65_HS1-834228961_62-HQ-83894_Section_10
Agency: FBI
Page 59
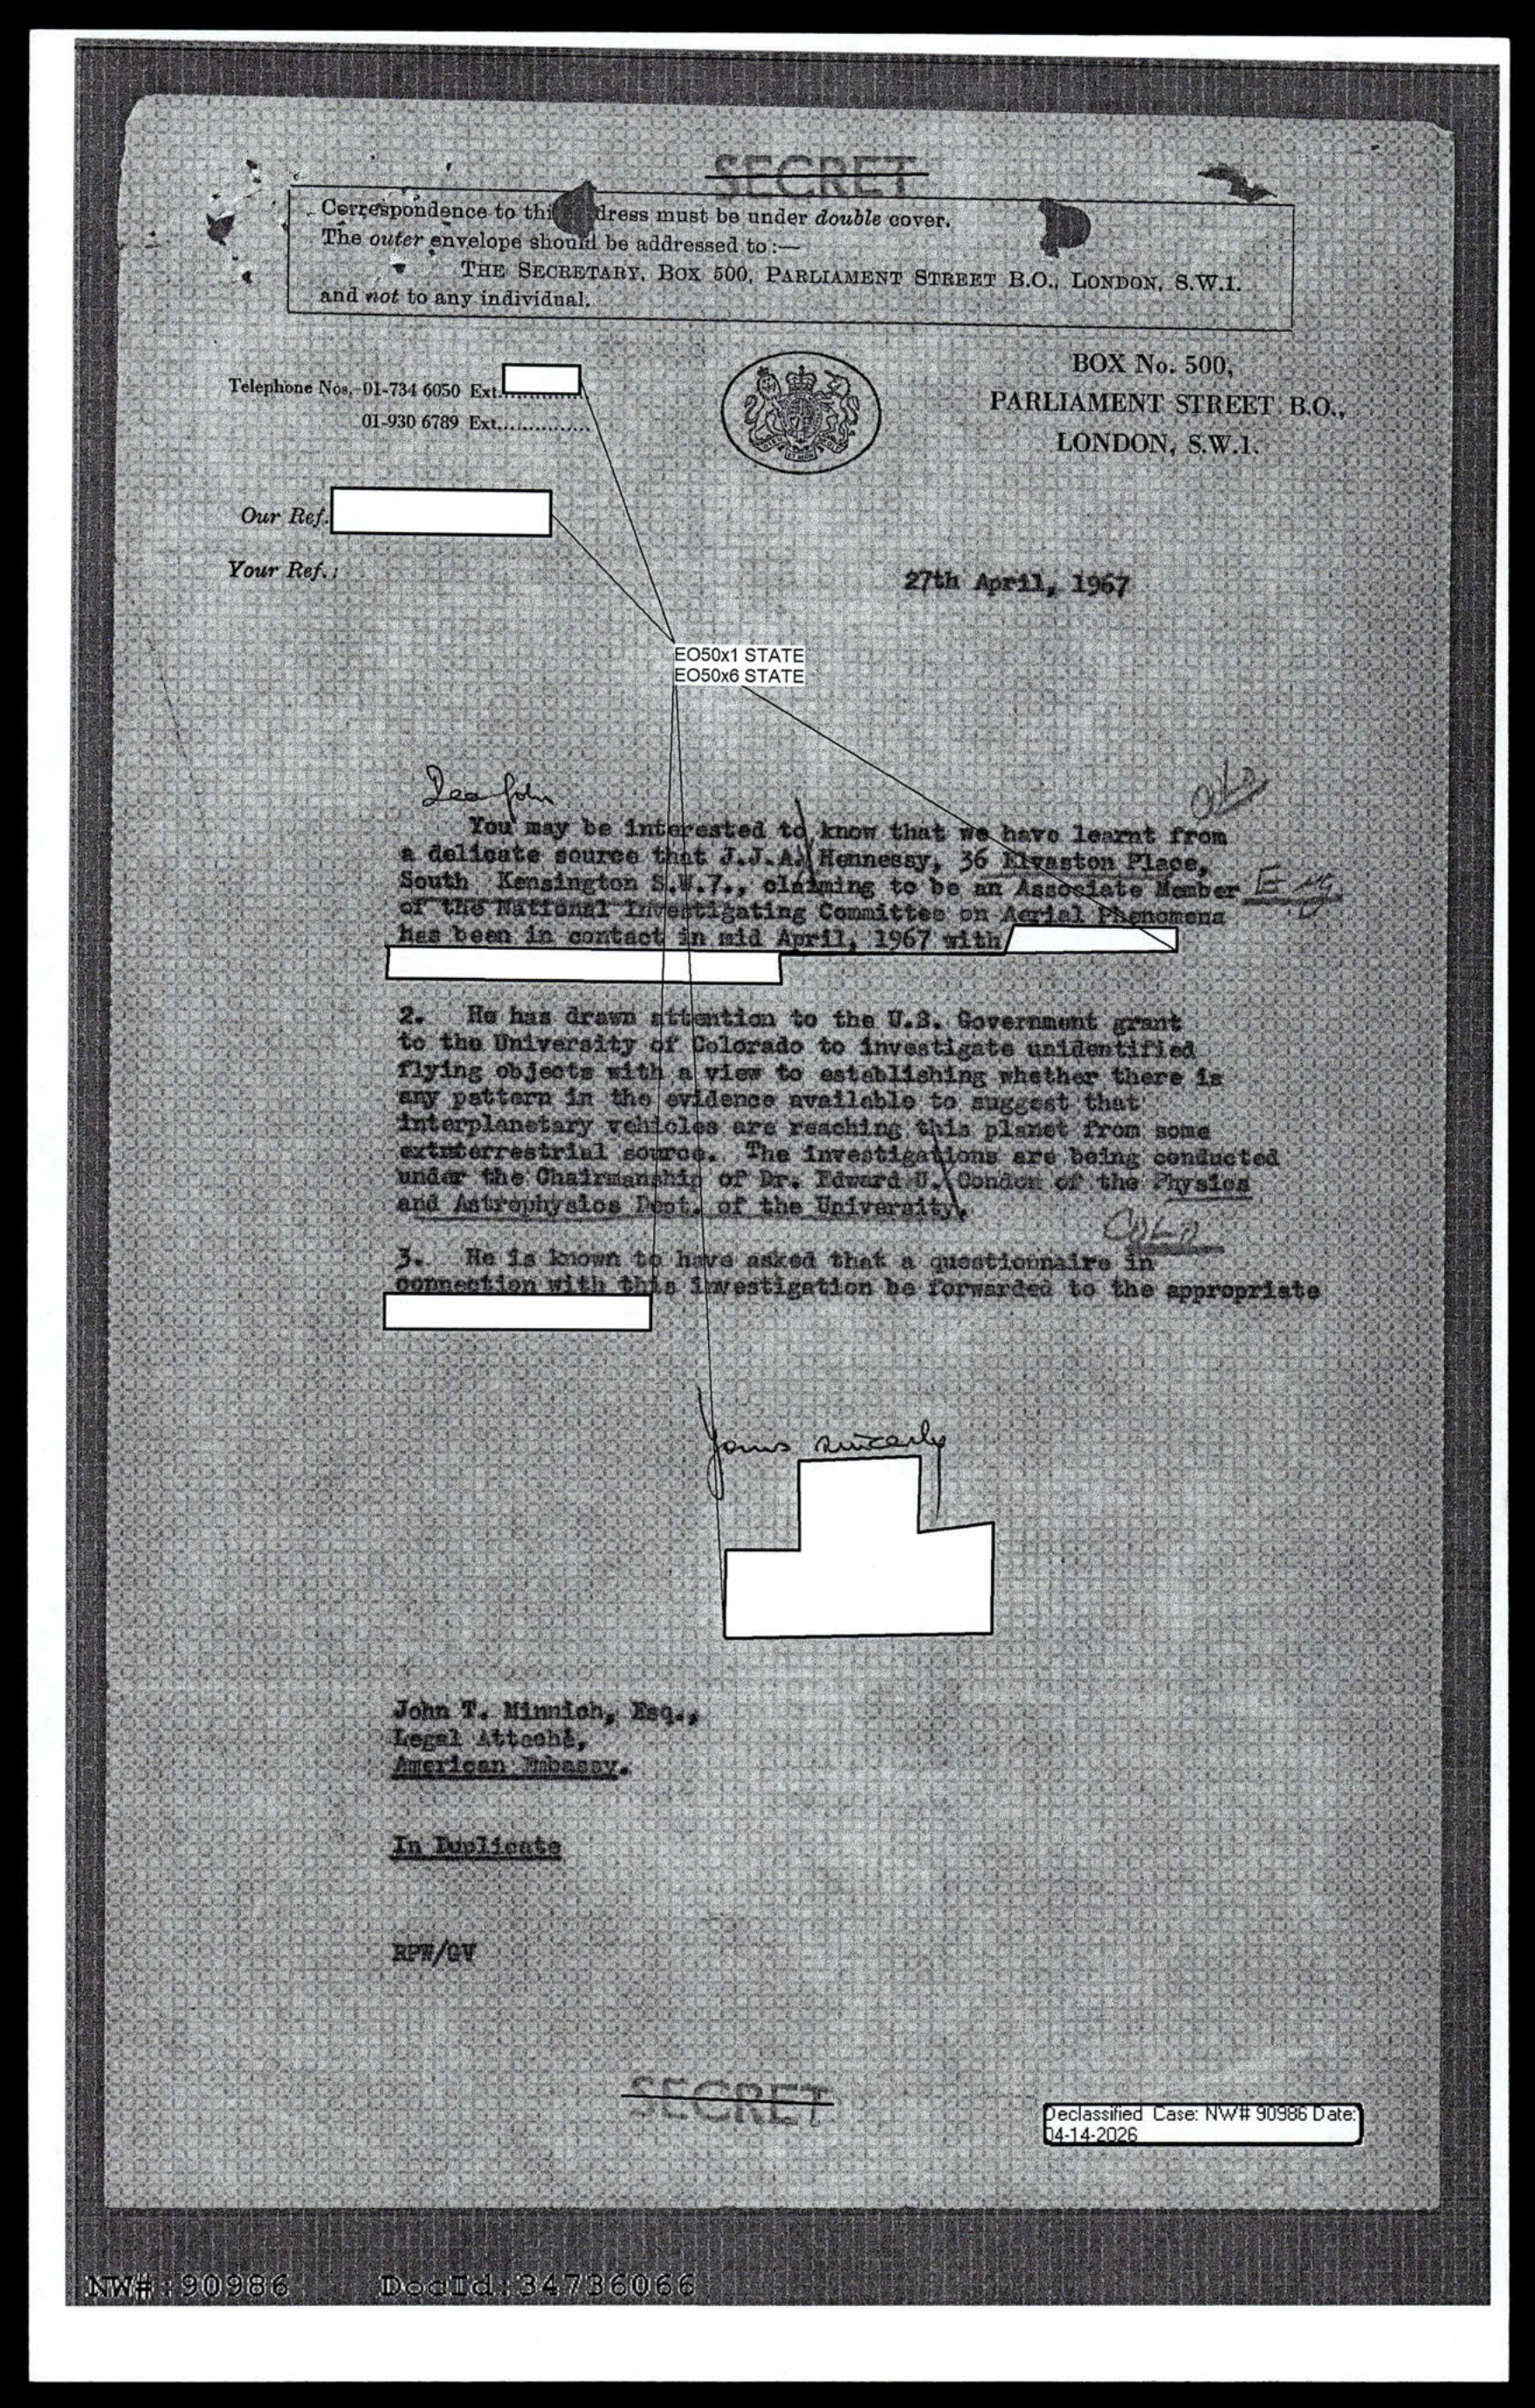